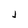
Character: j